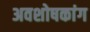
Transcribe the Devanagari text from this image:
अवशोषकांग